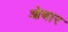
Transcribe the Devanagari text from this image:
ओबार